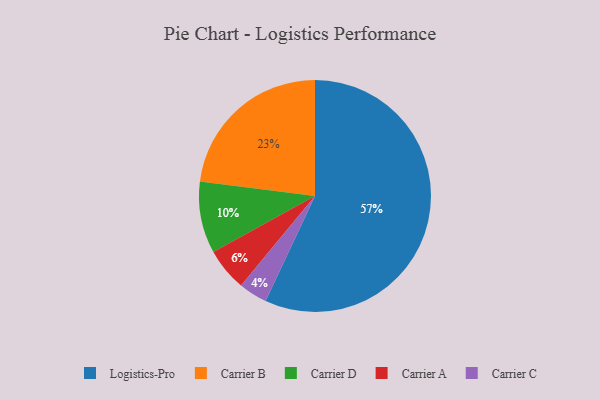
{"axis": {"x": "Category", "y": "Percentage"}, "legend": ["Carrier A", "Carrier B", "Carrier C", "Carrier D", "Logistics-Pro"], "data": [{"x": "Carrier A", "y": 6, "type": "Carrier A"}, {"x": "Carrier B", "y": 23, "type": "Carrier B"}, {"x": "Carrier C", "y": 4, "type": "Carrier C"}, {"x": "Logistics-Pro", "y": 57, "type": "Logistics-Pro"}, {"x": "Carrier D", "y": 10, "type": "Carrier D"}]}